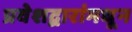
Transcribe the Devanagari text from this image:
प्रवेशद्वारांमधून